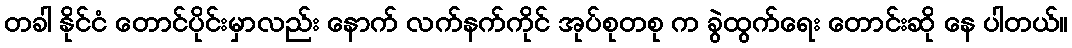
တခါ နိုင်ငံ တောင်ပိုင်းမှာလည်း နောက် လက်နက်ကိုင် အုပ်စုတစု က ခွဲထွက်ရေး တောင်းဆို နေ ပါတယ်။